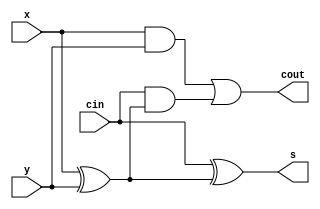
module fadder(x, y, cin, s, cout);
input x, y, cin;
output s, cout;
wire m1,m2,m3;
xor(m1,x,y);
xor(s,cin,m1);
and(m2,cin,m1);
and(m3,x,y);
or(cout,m3,m2);
endmodule

module mux2(a1, b1, s1, f1);   
input a1, b1, s1;
output f1;
wire m4,m5,m6;
	not(m4,s1);
	and(m5,m4,a1);
	and(m6,s1,b1);
	or(f1,m5,m6);
endmodule

module add_csa(a,b,ci,s,co);
	input wire [24:0]a,b;
	input wire ci;
	output wire [24:0]s;
	output wire co;
	wire [24:0] temp0,temp1,c0,c1,t;
	xor(t[0], b[0], ci);
	xor(t[1], b[1], ci);
	xor(t[2], b[2], ci);
	xor(t[3], b[3], ci);
	xor(t[4], b[4], ci);
	xor(t[5], b[5], ci); 
	xor(t[6], b[6], ci);
	xor(t[7], b[7], ci);
	xor(t[8], b[8], ci);
	xor(t[9], b[9], ci);
	xor(t[10], b[10], ci);
	xor(t[11], b[11], ci);
	xor(t[12], b[12], ci);
	xor(t[13], b[13], ci); 
	xor(t[14], b[14], ci);
	xor(t[15], b[15], ci);
	xor(t[16], b[16], ci);
	xor(t[17], b[17], ci);
	xor(t[18], b[18], ci);
	xor(t[19], b[19], ci);
	xor(t[20], b[20], ci);
	xor(t[21], b[21], ci); 
	xor(t[22], b[22], ci);
	xor(t[23], b[23], ci);
	xor(t[24], b[24], ci);
//carry 0
	fadder fa000(a[0] ,t[0] ,1'b0  ,temp0[0] ,c0[0] );
	fadder fa001(a[1] ,t[1] ,c0[0] ,temp0[1] ,c0[1] );	
	fadder fa002(a[2] ,t[2] ,c0[1] ,temp0[2] ,c0[2] );	
	fadder fa003(a[3] ,t[3] ,c0[2] ,temp0[3] ,c0[3] );
	fadder fa004(a[4] ,t[4] ,c0[3] ,temp0[4] ,c0[4] );	
	fadder fa005(a[5] ,t[5] ,c0[4] ,temp0[5] ,c0[5] );	
	fadder fa006(a[6] ,t[6] ,c0[5] ,temp0[6] ,c0[6] );
	fadder fa007(a[7] ,t[7] ,c0[6] ,temp0[7] ,c0[7] );
	fadder fa008(a[8] ,t[8] ,c0[7] ,temp0[8] ,c0[8] );	
	fadder fa009(a[9] ,t[9] ,c0[8] ,temp0[9] ,c0[9] );	
	fadder fa010(a[10],t[10],c0[9] ,temp0[10],c0[10]);
	fadder fa011(a[11],t[11],c0[10],temp0[11],c0[11]);	
	fadder fa012(a[12],t[12],c0[11],temp0[12],c0[12]);	
	fadder fa013(a[13],t[13],c0[12],temp0[13],c0[13]);
	fadder fa014(a[14],t[14],c0[13],temp0[14],c0[14]);
	fadder fa015(a[15],t[15],c0[14],temp0[15],c0[15]);	
	fadder fa016(a[16],t[16],c0[15],temp0[16],c0[16]);	
	fadder fa017(a[17],t[17],c0[16],temp0[17],c0[17]);
	fadder fa018(a[18],t[18],c0[17],temp0[18],c0[18]);	
	fadder fa019(a[19],t[19],c0[18],temp0[19],c0[19]);	
	fadder fa020(a[20],t[20],c0[19],temp0[20],c0[20]);
	fadder fa021(a[21],t[21],c0[20],temp0[21],c0[21]);
	fadder fa022(a[22],t[22],c0[21],temp0[22],c0[22]);
	fadder fa023(a[23],t[23],c0[22],temp0[23],c0[23]);
	fadder fa024(a[24],t[24],c0[23],temp0[24],c0[24]);

//carry 1
	fadder fa100(a[0] ,t[0] ,1'b1  ,temp1[0] ,c1[0] );
	fadder fa101(a[1] ,t[1] ,c1[0] ,temp1[1] ,c1[1] );	
	fadder fa102(a[2] ,t[2] ,c1[1] ,temp1[2] ,c1[2] );	
	fadder fa103(a[3] ,t[3] ,c1[2] ,temp1[3] ,c1[3] );
	fadder fa104(a[4] ,t[4] ,c1[3] ,temp1[4] ,c1[4] );	
	fadder fa105(a[5] ,t[5] ,c1[4] ,temp1[5] ,c1[5] );	
	fadder fa106(a[6] ,t[6] ,c1[5] ,temp1[6] ,c1[6] );
	fadder fa107(a[7] ,t[7] ,c1[6] ,temp1[7] ,c1[7] );
	fadder fa108(a[8] ,t[8] ,c1[7] ,temp1[8] ,c1[8] );	
	fadder fa109(a[9] ,t[9] ,c1[8] ,temp1[9] ,c1[9] );	
	fadder fa110(a[10],t[10],c1[9] ,temp1[10],c1[10]);
	fadder fa111(a[11],t[11],c1[10],temp1[11],c1[11]);	
	fadder fa112(a[12],t[12],c1[11],temp1[12],c1[12]);	
	fadder fa113(a[13],t[13],c1[12],temp1[13],c1[13]);
	fadder fa114(a[14],t[14],c1[13],temp1[14],c1[14]);
	fadder fa115(a[15],t[15],c1[14],temp1[15],c1[15]);	
	fadder fa116(a[16],t[16],c1[15],temp1[16],c1[16]);	
	fadder fa117(a[17],t[17],c1[16],temp1[17],c1[17]);
	fadder fa118(a[18],t[18],c1[17],temp1[18],c1[18]);	
	fadder fa119(a[19],t[19],c1[18],temp1[19],c1[19]);	
	fadder fa120(a[20],t[20],c1[19],temp1[20],c1[20]);
	fadder fa121(a[21],t[21],c1[20],temp1[21],c1[21]);
	fadder fa122(a[22],t[22],c1[21],temp1[22],c1[22]);
	fadder fa123(a[23],t[23],c1[22],temp1[23],c1[23]);
	fadder fa124(a[24],t[24],c1[23],temp1[24],c1[24]);
//mux carry
	mux2 mux_c(c0[23],c1[23],ci,co);
//mux sum
	mux2 muxs0 (temp0[0] ,temp1[0] ,ci,s[0] );
	mux2 muxs1 (temp0[1] ,temp1[1] ,ci,s[1] );	
	mux2 muxs2 (temp0[2] ,temp1[2] ,ci,s[2] );	
	mux2 muxs3 (temp0[3] ,temp1[3] ,ci,s[3] );
	mux2 muxs4 (temp0[4] ,temp1[4] ,ci,s[4] );
	mux2 muxs5 (temp0[5] ,temp1[5] ,ci,s[5] );	
	mux2 muxs6 (temp0[6] ,temp1[6] ,ci,s[6] );	
	mux2 muxs7 (temp0[7] ,temp1[7] ,ci,s[7] );
	mux2 muxs8 (temp0[8] ,temp1[8] ,ci,s[8] );
	mux2 muxs9 (temp0[9] ,temp1[9] ,ci,s[9] );	
	mux2 muxs10(temp0[10],temp1[10],ci,s[10]);	
	mux2 muxs11(temp0[11],temp1[11],ci,s[11]);
	mux2 muxs12(temp0[12],temp1[12],ci,s[12]);
	mux2 muxs13(temp0[13],temp1[13],ci,s[13]);	
	mux2 muxs14(temp0[14],temp1[14],ci,s[14]);	
	mux2 muxs15(temp0[15],temp1[15],ci,s[15]);
	mux2 muxs16(temp0[16],temp1[16],ci,s[16]);
	mux2 muxs17(temp0[17],temp1[17],ci,s[17]);	
	mux2 muxs18(temp0[18],temp1[18],ci,s[18]);	
	mux2 muxs19(temp0[19],temp1[19],ci,s[19]);
	mux2 muxs20(temp0[20],temp1[20],ci,s[20]);
	mux2 muxs21(temp0[21],temp1[21],ci,s[21]);	
	mux2 muxs22(temp0[22],temp1[22],ci,s[22]);	
	mux2 muxs23(temp0[23],temp1[23],ci,s[23]);	
	mux2 muxs24(temp0[24],temp1[24],ci,s[24]);
endmodule